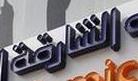
الشارقة